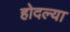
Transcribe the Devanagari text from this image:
होदल्या